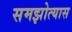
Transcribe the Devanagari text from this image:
समझोत्यास